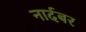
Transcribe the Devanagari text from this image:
नार्दबर